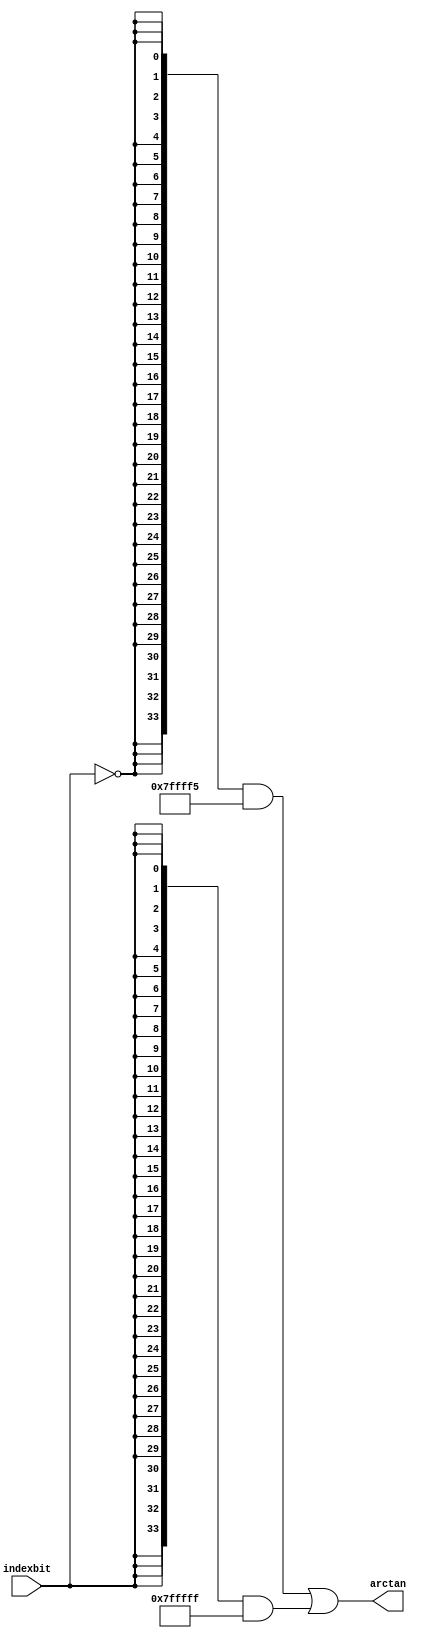
module  sin_altfp_sincos_cordic_atan_d5b
	(
	arctan,
	indexbit) ;
	output   [33:0]  arctan;
	input   indexbit;
`ifndef ALTERA_RESERVED_QIS
// synopsys translate_off
`endif
	tri0   indexbit;
`ifndef ALTERA_RESERVED_QIS
// synopsys translate_on
`endif
	wire  [47:0]  valuenode_11_w;
	wire  [47:0]  valuenode_9_w;
	assign
		arctan = (({34{(~ indexbit)}} & valuenode_9_w[47:14]) | ({34{indexbit}} & valuenode_11_w[45:12])),
		valuenode_11_w = 48'b000000000000011111111111111111111111010101010101,
		valuenode_9_w = 48'b000000000001111111111111111111010101010101010110;
endmodule